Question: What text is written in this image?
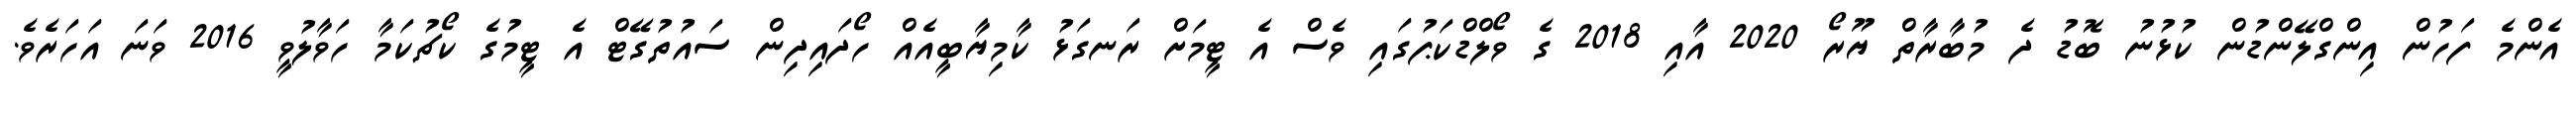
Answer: އެންމެ ފަހުން އިންގްލޭންޑުން ކުޅުނު ބޮޑު ދެ މުބާރާތް ޔޫރޯ 2020 އާއި 2018 ގެ ވޯލްޑްކަޕުގައި ވެސް އެ ޓީމަށް ރަނގަޅު ކާމިޔާބީއެއް ހޯދައިދިން ސައުތުގޭޓް އެ ޓީމުގެ ކޯޗުކަމާ ހަވާލުވީ 2016 ވަނަ އަހަރެވެ.